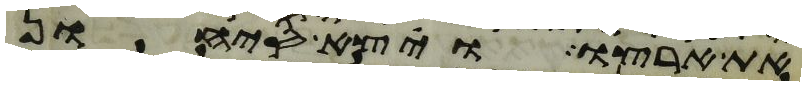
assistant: את ארצו ויצא סיחון